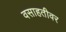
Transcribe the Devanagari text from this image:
वसाहतीवर